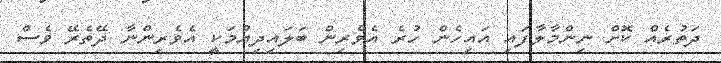
ދަތުރެއް ކޮށް ނިންމާލާފައި އައިހެން ހުރެ އެވެރިން ބަލައިދިޔުމަކީ އެވެރިންނާ ދޭތެރޭ ވެސް